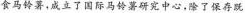
食马铃薯，成立了国际马铃薯研究中心，除了保存既